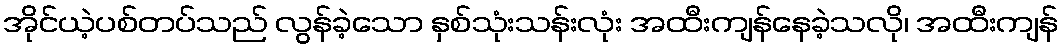
အိုင်ယဲ့ပစ်တပ်သည် လွန်ခဲ့သော နှစ်သုံးသန်းလုံး အထီးကျန်နေခဲ့သလို၊ အထီးကျန်